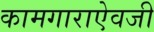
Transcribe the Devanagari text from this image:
कामगाराऐवजी